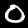
Label: 0